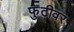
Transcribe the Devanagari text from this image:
फुटीवर